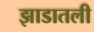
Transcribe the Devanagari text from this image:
झाडातली